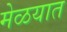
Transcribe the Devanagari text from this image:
मेळयात